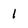
Character: 1